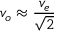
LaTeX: v _ { o } \approx { \frac { v _ { e } } { \sqrt { 2 } } }